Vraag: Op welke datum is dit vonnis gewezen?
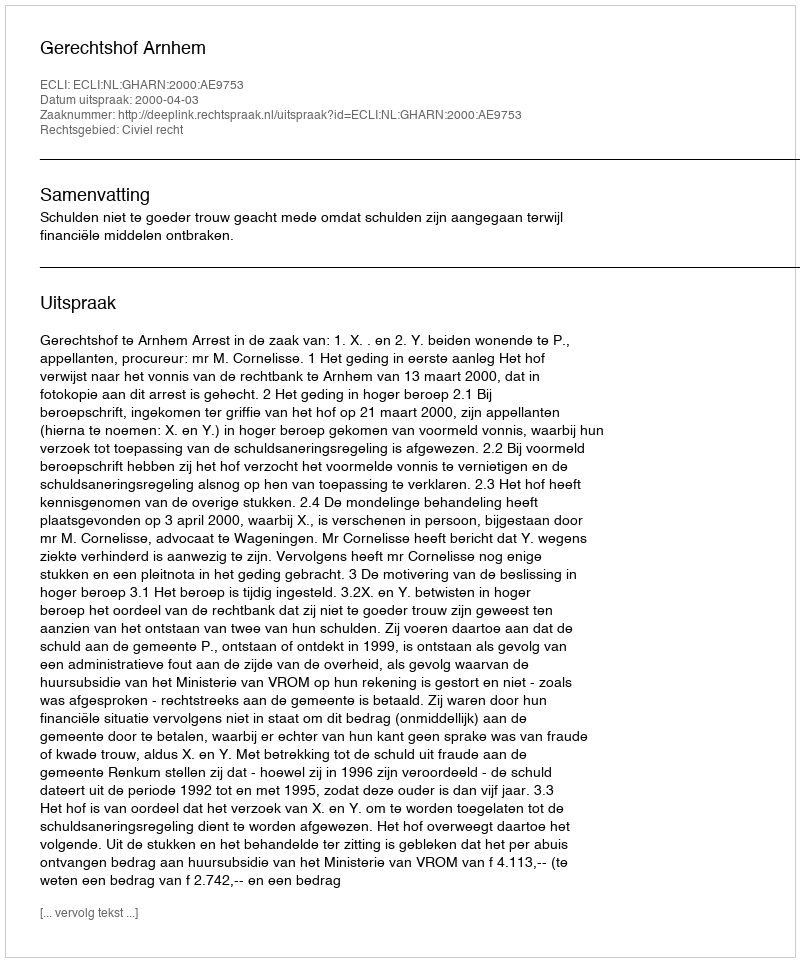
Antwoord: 2000-04-03